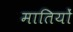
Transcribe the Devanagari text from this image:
मातियों